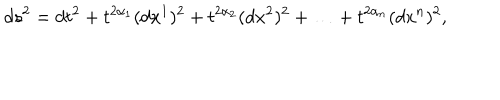
LaTeX: d s ^ { 2 } = d t ^ { 2 } + t ^ { 2 \alpha _ { 1 } } ( d x ^ { 1 } ) ^ { 2 } + t ^ { 2 \alpha _ { 2 } } ( d x ^ { 2 } ) ^ { 2 } + \ldots + t ^ { 2 \alpha _ { n } } ( d x ^ { n } ) ^ { 2 } ,